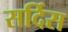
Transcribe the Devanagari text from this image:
सर्दिस